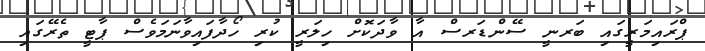
ޕްރައިމަރީގައި ބަރނީ ސޭންޑަރސް އާ ވާދަކޮށް ހިލަރީ ކުރި ހޯދާފައިވާނަމަވެސް ޕާޓީ ތެރޭގައި